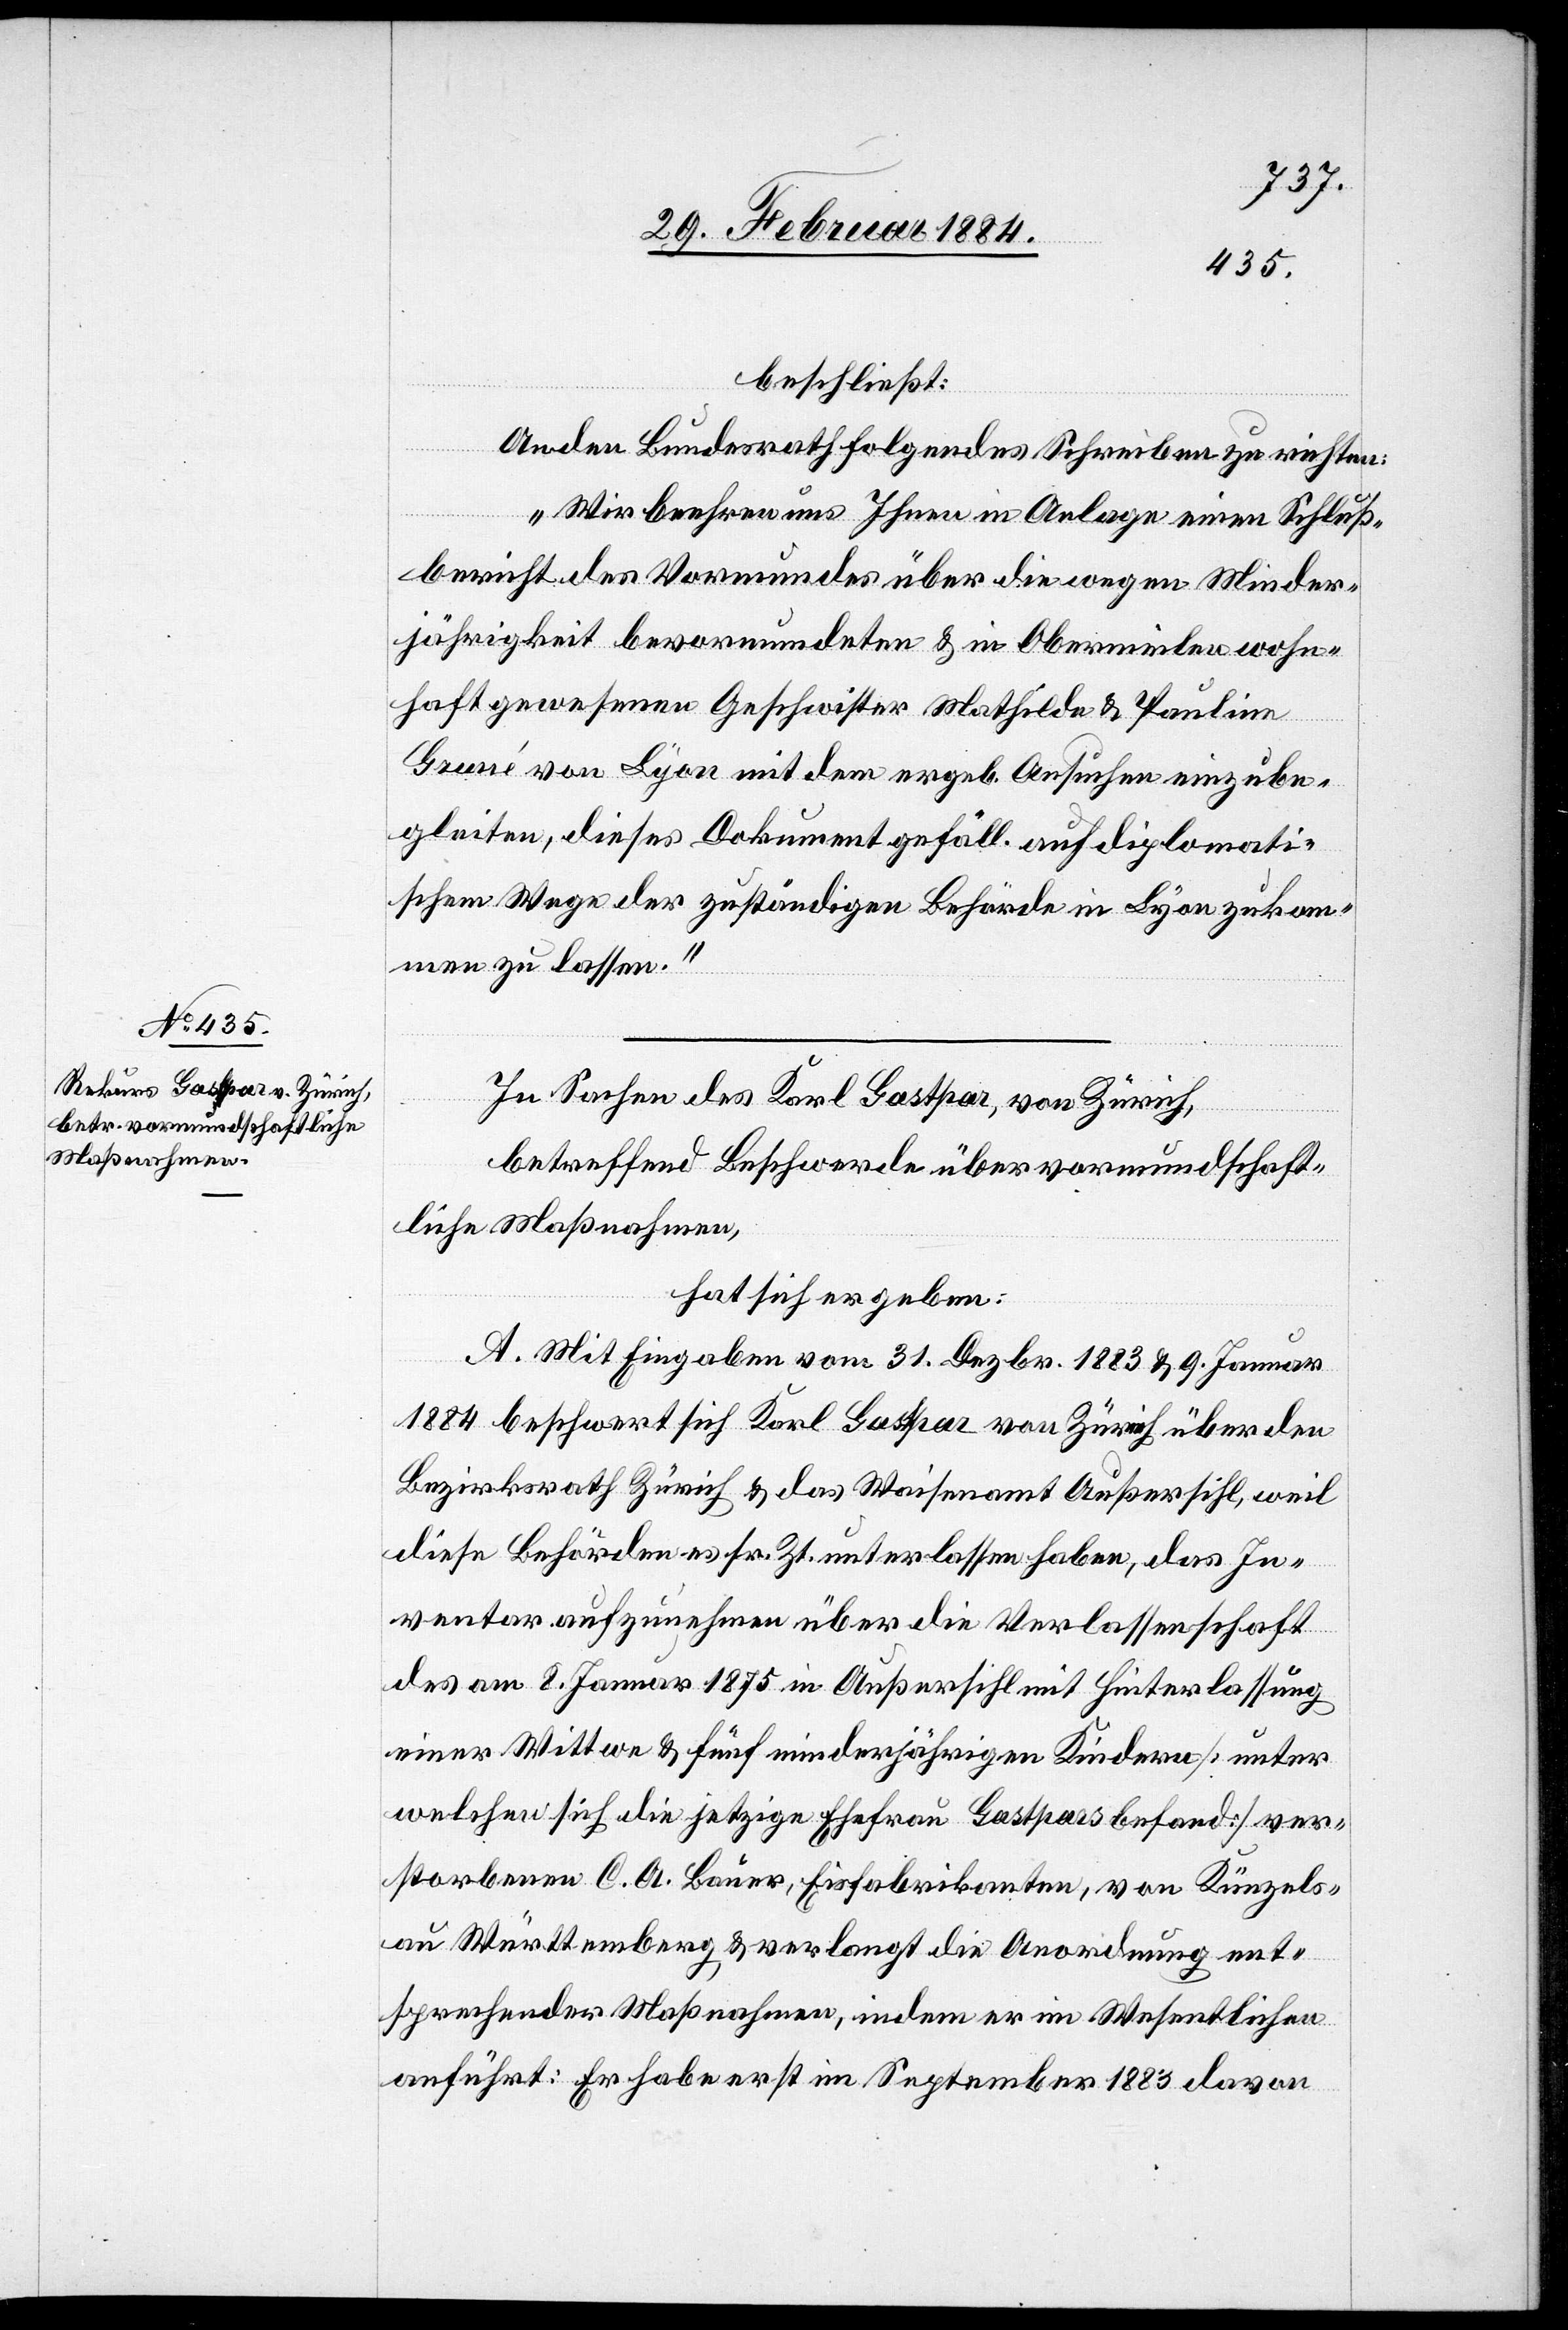
beschließt:
An den Bundesrath folgendes Schreiben zu richten:
„Wir beehren uns Ihnen in Anlange einen Schluß¬
bericht des Vormundes über die wegen Minder¬
jährigkeit bevormundeten & in Obermeilen wohn¬
haft gewesenen Geschwister Mathilde & Pauline
Gruné von Lyon mit dem ergeb. Ansuchen einzube¬
gleiten, dieses Dokument gefäll. auf diplomati¬
schem Wege der zuständigen Behörde in Lyon zukom¬
men zu lassen.“
In Sachen des Karl Gastpar, von Zürich,
betreffend Beschwerde über vormundschaft¬
liche Maßnahmen,
hat sich ergeben:
A. Mit Eingabe vom 31. Dezbr. 1883 & 9. Januar
1884 beschwert sich Karl Gastpar von Zürich über den
Bezirksrath Zürich & das Waisenamt Außersihl, weil
diese Behörden es sr. Zt. unterlassen haben, das In¬
ventar aufzunehmen über die Verlassenschaft
des am 8. Januar 1875 in Außersihl mit Hinterlassung
einer Wittwe & fünf minderjährigen Kindern [unter
welchen sich die jetzige Ehefrau Gastpars befand] ver¬
storbenen C. A. Bauer, Eisenfabrikanten, von Künzels¬
au Württemberg, & verlangt die Anordnung ent¬
sprechender Maßnahmen, indem er im Wesentlichen
anführt: Er habe erst im September 1883 davon